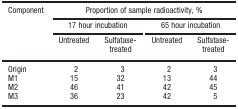
| <ROWSPAN=3> Component | <COLSPAN=4> Proportion of sample radioactivity, % |
 | <COLSPAN=2> 17 hour incubation | <COLSPAN=2> 65 hour incubation |
 | Untreated | Sulfatase- treated | Untreated | Sulfatase- treated |
 | --- | --- | --- | --- | --- |
 | Origin | 2 | 3 | 2 | 3 |
 | M1 | 15 | 32 | 13 | 44 |
 | M2 | 46 | 41 | 42 | 45 |
 | M3 | 36 | 23 | 42 | 5 |